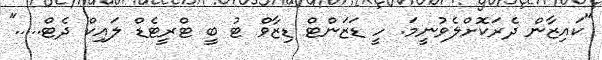
"ކައިޒާން ދެރަކޮށްލެވުނީމަ. ހީ ޑަޒަންޓް ޑިޒާވް ޓު ބީ ޓްރީޓެޑް ލައިކް ދެޓް....."